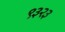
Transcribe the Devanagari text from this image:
९३२३